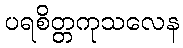
ပရစိတ္တကုသလေန